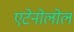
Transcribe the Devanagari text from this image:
एटेनोलोल